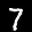
Label: 7